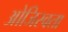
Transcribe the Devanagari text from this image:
ओजिस्वता